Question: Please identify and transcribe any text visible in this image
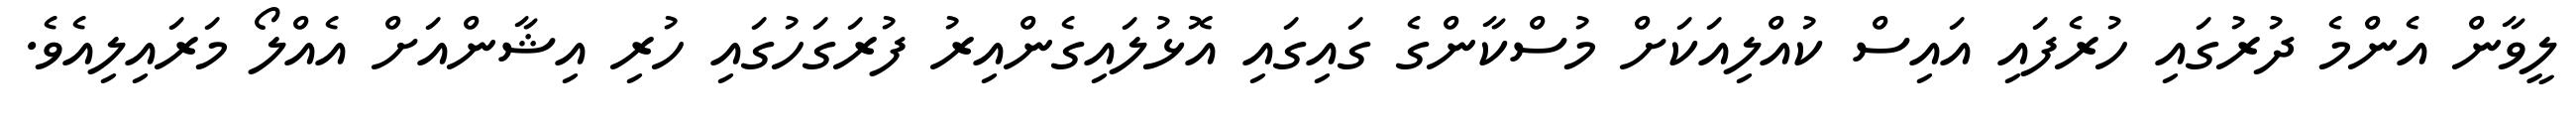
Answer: ލީވާން އެންމެ ދުރުގައި ހުރެފައި އައިސް ކުއްލިއަކަށް މުސްކާންގެ ގައިގައި އޮޅުލައިގެންއިރު ފުރަގަހުގައި ހުރި އިޝާންއަށް އެއްލޯ މަރައިލިއެވެ.